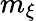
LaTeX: m_{\xi}